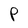
Character: P